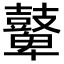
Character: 鼙